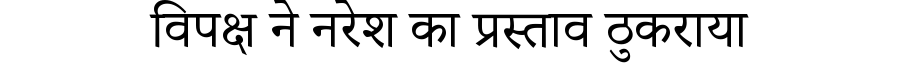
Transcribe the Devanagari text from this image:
विपक्ष ने नरेश का प्रस्ताव ठुकराया